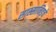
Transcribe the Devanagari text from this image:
सास्सानिडचे